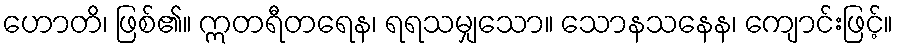
ဟောတိ၊ ဖြစ်၏။ ဣတရီတရေန၊ ရရသမျှသော။ သောနသနေန၊ ကျောင်းဖြင့်။